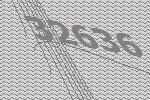
32636